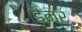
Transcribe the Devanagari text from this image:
डैनर